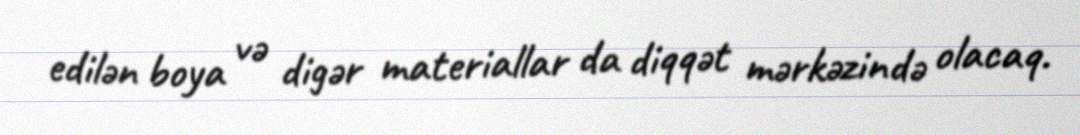
edilən boya və digər materiallar da diqqət mərkəzində olacaq.